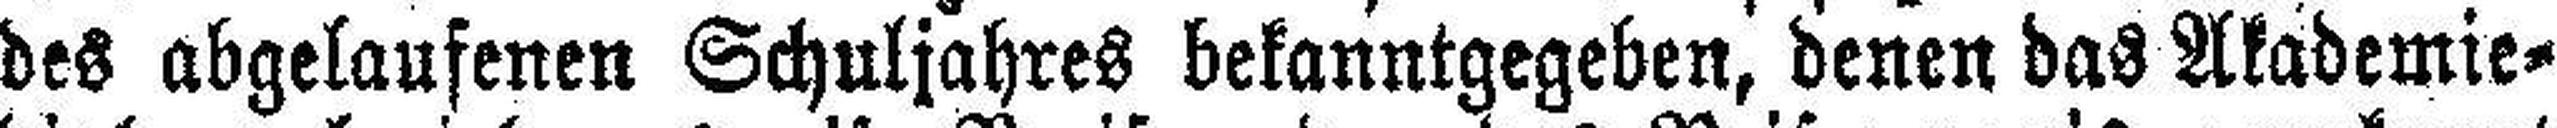
des abgelaufenen Schuljahres bekanntgegeben, denen das Akademie¬